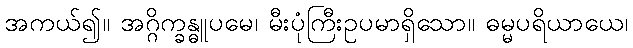
အကယ်၍။ အဂ္ဂိက္ခန္ဓူပမေ၊ မီးပုံကြီးဥပမာရှိသော။ ဓမ္မပရိယာယေ၊